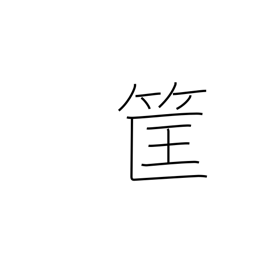
Meaning: bamboo basket